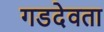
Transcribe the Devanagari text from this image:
गडदेवता